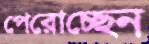
পেরোচ্ছেন